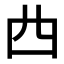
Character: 𠁤